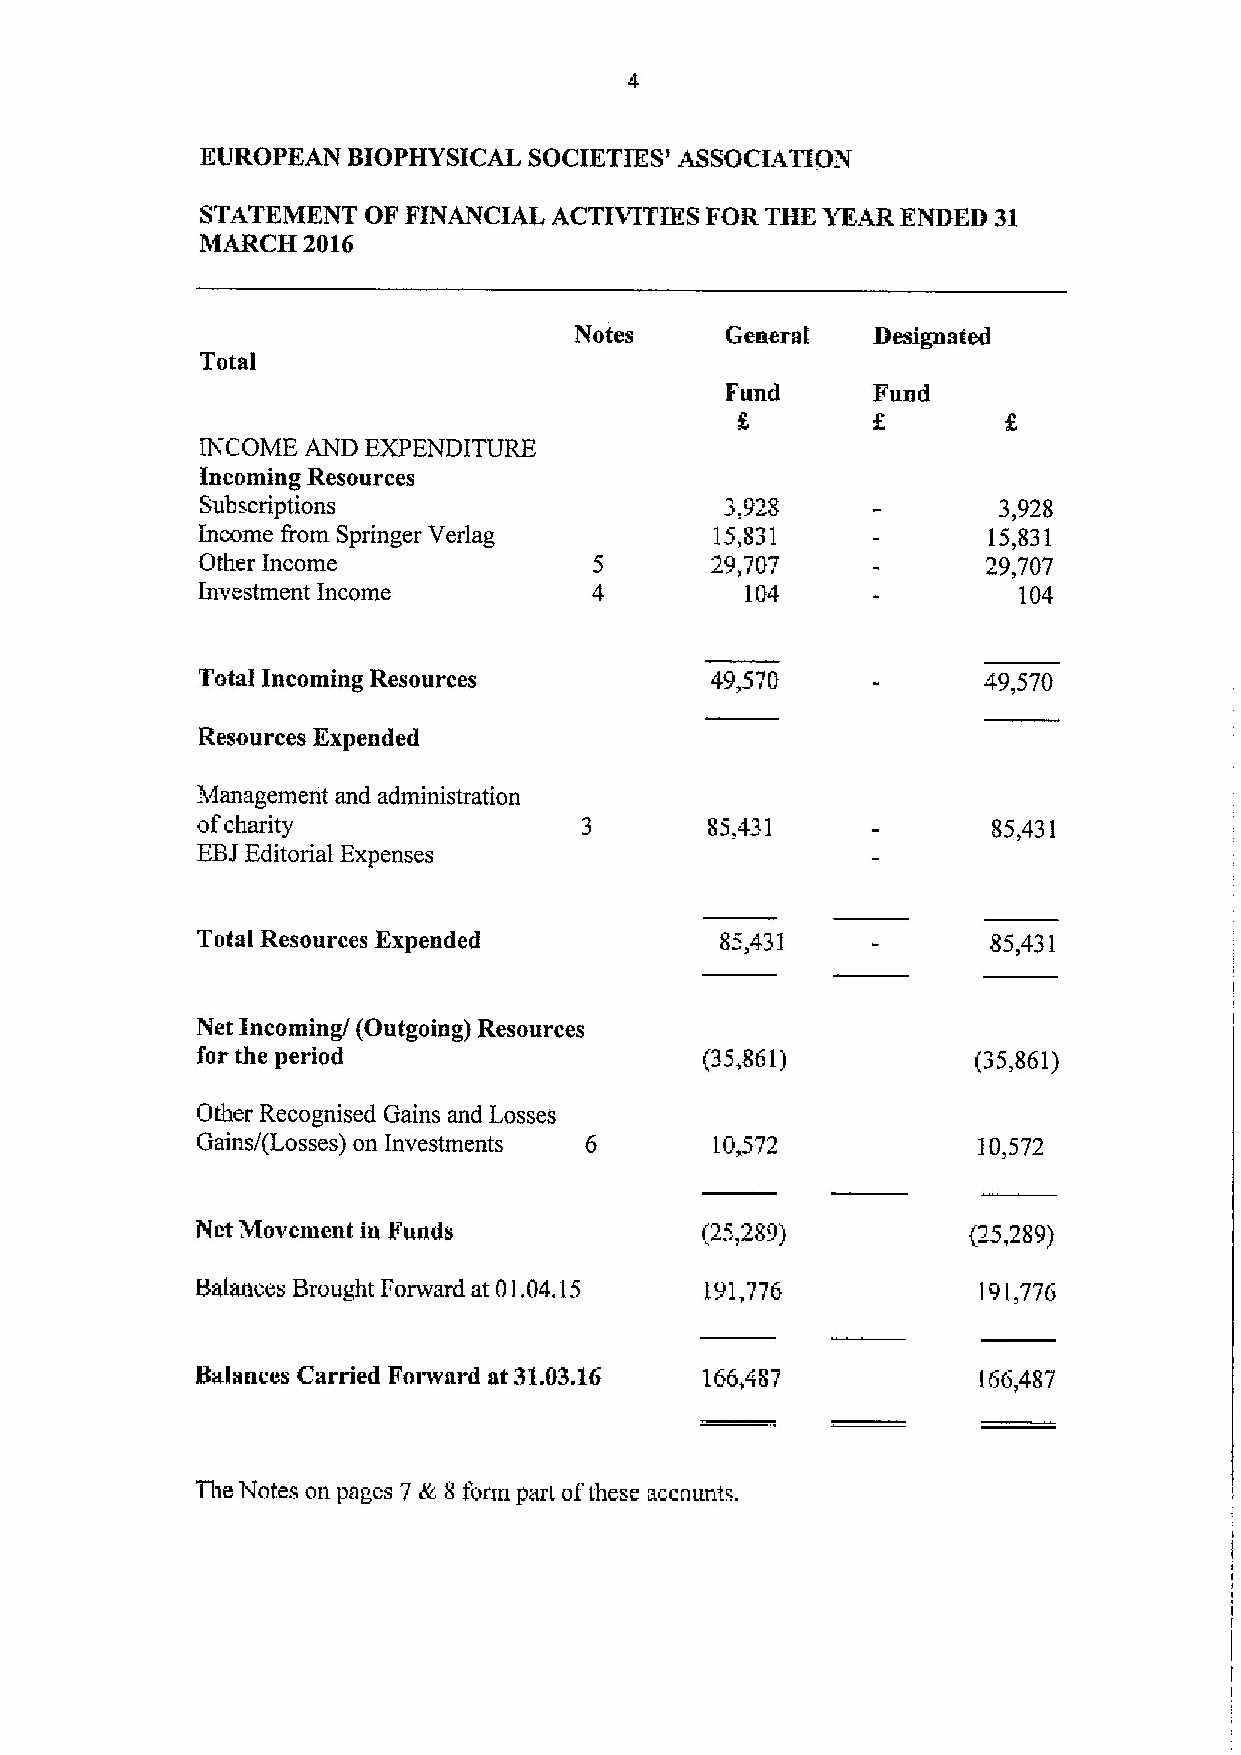
EUROPEAN  BIOPHYSICAL SOCIETIES' ASSOCIATION
 STATEMENT  OF FINANCIAI, ACTIVITIES FOR THK YEAR ENDED 31
 MARCH  2016
 Notes     General   Designated
 Total
 Fund      Fund
 g
 INCOME AND EXPENDITURE
 Incoming Resources
 Subscriptions                      3,928             3,928
 Income from Springer Verlag       15,831            15,831
 Other Income                      29,707            29,707
 Investment Income                   104               104
 Total Incoming Resources          49,570            49,570
 Resources Expended
 Management and administration
 ofcharity                         85,431             85,431
 EBJEditorial Expenses
 Total Resources Expended           85,431            85,431
 Net Incoming/(Outgoing) Resources
 for the period                    (35,861)          (35,861)
 Other Recognised Gains and Losses
 Gains/(Losses) on Investments 6   10,572            10,572
 Net Movement in Funds            (25,289)          (25,289)
 Balances Brought Forward at 01.04.15 191,776        191,776
 Balances Carried Forward at 31.03.16 166,487        166,487
 The Notes on pages 7 & 8 form part ofthese accounts.